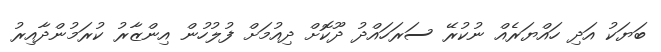
ބަޔަކު އަދި ހައްޔަރެއް ނުކުރޭ ސަރަހައްދު ދޫކޮށް ދިއުމަށް ފުލުހުން އިންޒާރު ކުރަމުންދާއިރު